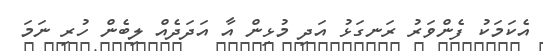
އެކަމަކު ފެންވަރު ރަނގަޅު އަދި މުޅިން އާ އަދަދެއް ލިބެން ހުރި ނަމަ